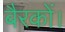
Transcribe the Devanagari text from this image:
बैरकों।